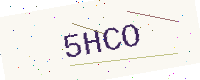
Text: 5HCO